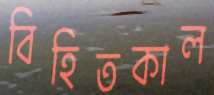
বিহিতকাল